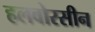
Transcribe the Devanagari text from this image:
हलवोरसीन